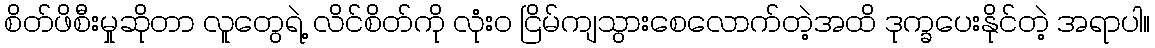
စိတ်ဖိစီးမှုဆိုတာ လူတွေရဲ့ လိင်စိတ်ကို လုံးဝ ငြိမ်ကျသွားစေလောက်တဲ့အထိ ဒုက္ခပေးနိုင်တဲ့ အရာပါ။